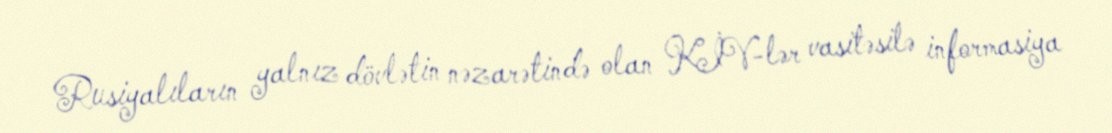
Rusiyalıların yalnız dövlətin nəzarətində olan KİV-lər vasitəsilə informasiya